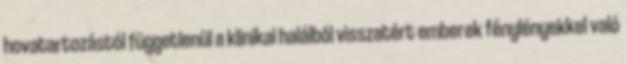
hovatartozástól függetlenül a klinikai halálból visszatért emberek fénylényekkel való